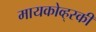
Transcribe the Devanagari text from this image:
मायकोव्ह्‌स्की